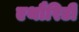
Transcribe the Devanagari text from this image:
एथौरिटी